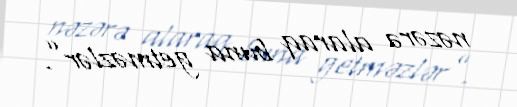
nəzərə alaraq buna getməzlər”.